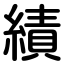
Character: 績